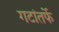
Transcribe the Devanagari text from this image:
गटांतर्फे